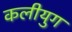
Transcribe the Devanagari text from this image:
कलीयुग